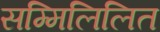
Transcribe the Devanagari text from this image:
सम्मिलिलित